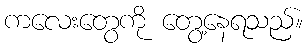
ကလေးတွေကို တွေ့နေရသည်။